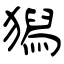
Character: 獡